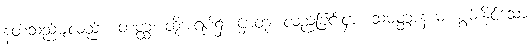
နတ်သည်မျှလည်း။ တတ္ထ၊ ထိုအရပ်၌။ ဌာတုံ၊ လည်ခြင်းငှာ။ သမတ္တာနာမ၊ စွမ်းနိုင်သော